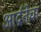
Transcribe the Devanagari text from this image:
आर्द्रतेचा